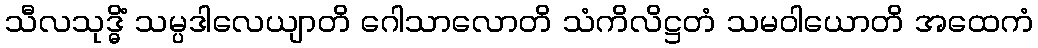
သီလသုဒ္ဓိံ သမ္ပဒါလေယျာတိ ဂေါသာလောတိ သံကိလိဋ္ဌတံ သမဝါယောတိ အထေကံ